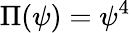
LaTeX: \Pi(\psi)=\psi^{4}